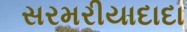
સરમરીયાદાદા